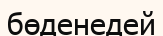
бөденедей